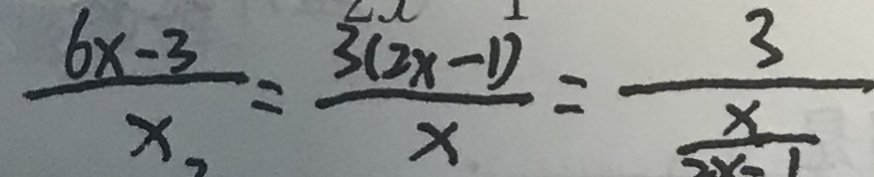
\frac { 6 x - 3 } { x } = \frac { 3 ( 2 x - 1 ) } { x } = \frac { 3 } { \frac { x } { 2 x - 1 } }